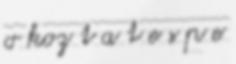
o koz t a t e s p e